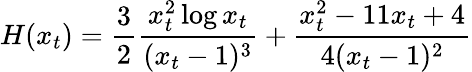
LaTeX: H(x_{t})={\frac{3}{2}}{\frac{x_{t}^{2}\log x_{t}}{(x_{t}-1)^{3}}}+{\frac{x_{t}^{2}-11x_{t}+4}{4(x_{t}-1)^{2}}}